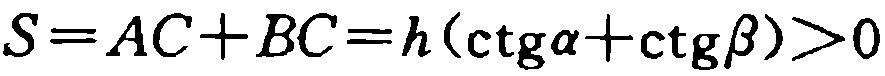
\(S = AC + BC = h(\operatorname{ctg}\alpha+\operatorname{ctg}\beta)>0\)